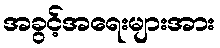
အခွင့်အရေးများအား